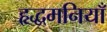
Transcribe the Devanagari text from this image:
हृद्धमनियाँ